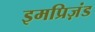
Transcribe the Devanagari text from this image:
इमप्रिज़ंड